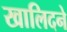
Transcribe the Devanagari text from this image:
खालिदने